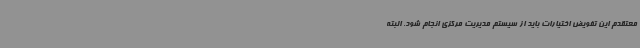
معتقدم این تفویض اختیارات باید از سیستم مدیریت مرکزی انجام شود. البته